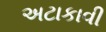
અટાકાવી